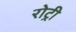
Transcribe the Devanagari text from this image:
रोट्री